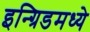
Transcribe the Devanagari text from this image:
इन्ग्रिडमध्ये